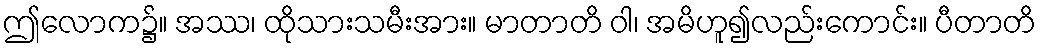
ဤလောက၌။ အဿ၊ ထိုသားသမီးအား။ မာတာတိ ဝါ၊ အမိဟူ၍လည်းကောင်း။ ပီတာတိ